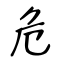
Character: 危